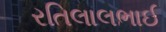
રતિલાલભાઈ